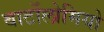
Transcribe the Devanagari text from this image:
बार्टोलोमियो